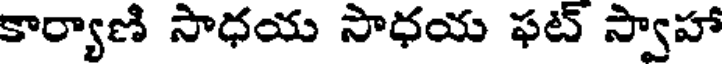
కార్యాణి సాధయ సాధయ ఫట్ స్వాహా